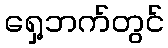
ရှေ့ဘက်တွင်